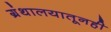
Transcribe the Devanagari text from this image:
ग्रंथालयातूनही